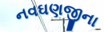
નવઘણજીના